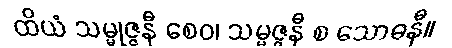
ထိယံ သမ္မုဇ္ဇနီ စေဝ၊ သမ္မဇ္ဇနီ စ သောဓနီ။